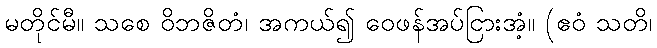
မတိုင်မီ။ သစေ ဝိဘဇိတံ၊ အကယ်၍ ဝေဖန်အပ်ငြားအံ့။ (ဧဝံ သတိ၊